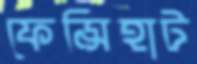
ফেন্সিহাট